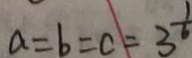
a = b = c = 3 ^ { \frac { 1 } { 6 } }